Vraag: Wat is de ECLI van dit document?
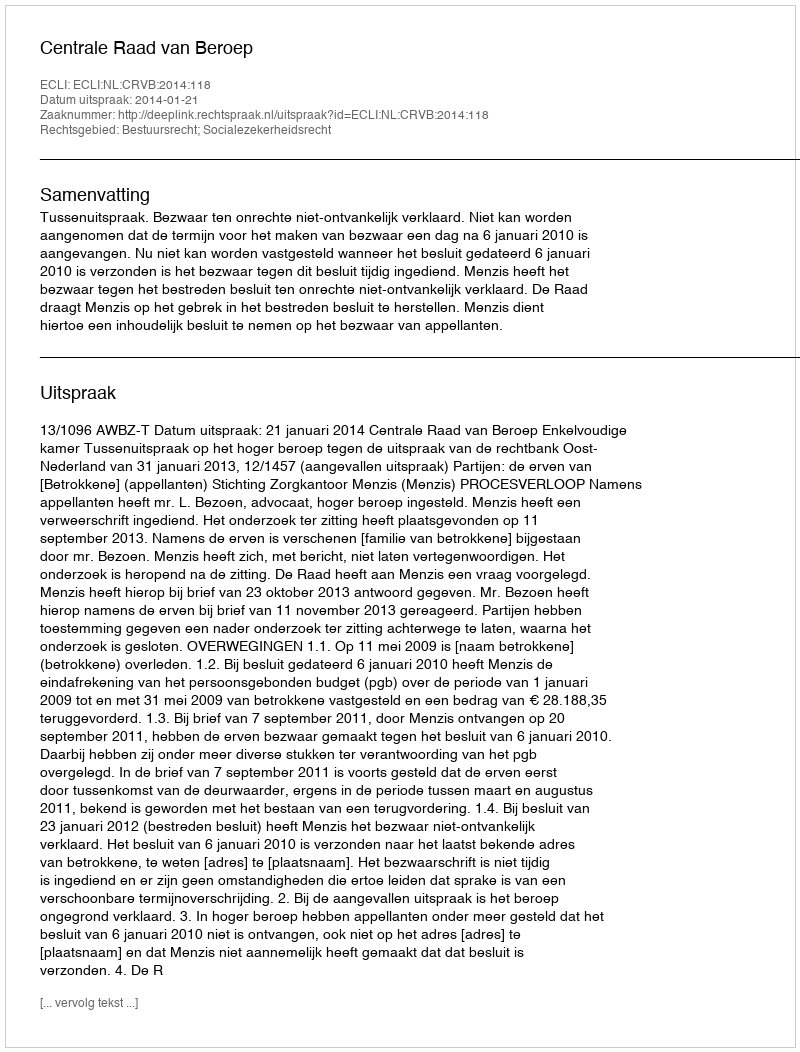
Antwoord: ECLI:NL:CRVB:2014:118